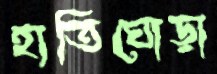
হাতিঘোড়া